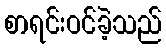
စာရင်းဝင်ခဲ့သည်